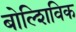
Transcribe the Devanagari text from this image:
बोल्शिविक